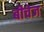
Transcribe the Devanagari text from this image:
बीचेज